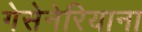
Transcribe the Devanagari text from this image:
गेसेनेरियाना